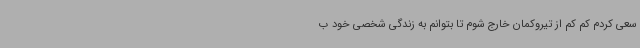
سعی کردم کم کم از تیروکمان خارج شوم تا بتوانم به زندگی شخصی خود ب